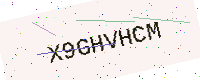
Text: X9GHVHCM